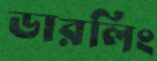
ডারলিং